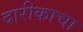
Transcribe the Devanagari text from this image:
दारीकाचा